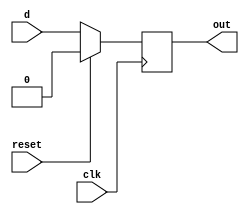
`timescale 1ns/ 1ps

module d_flip_flop ( out,d ,clk ,reset );

output out ;
reg out ;

input d ;
wire d ;
input clk ;
wire clk ;
input reset ;
wire reset ;

always @ (posedge (clk)) begin
 if (reset)
  out <= 0;
 else
  out <= d ;
end

endmodule